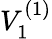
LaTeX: V_{1}^{(1)}